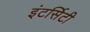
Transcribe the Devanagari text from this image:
इंटर्सिटी